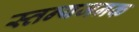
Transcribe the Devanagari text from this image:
स्तन्यजनक